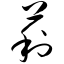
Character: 莉